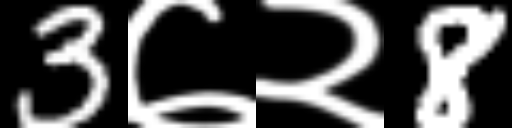
Text: 3७२8